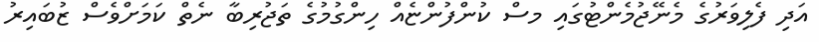
އަދި ފެލިވަރުގެ މެނޭޖުމެންޓުގައި މސް ކުންފުންޏެއް ހިންގުމުގެ ތަޖުރިބާ ނެތް ކަމަށްވެސް ޒުބައިރު